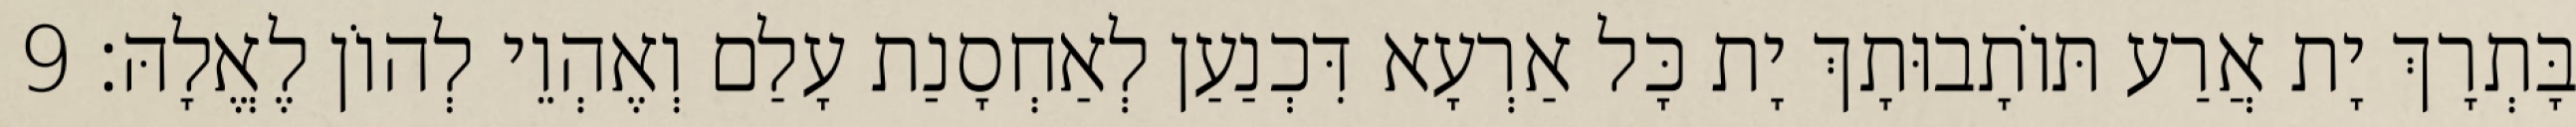
בָּתְרָךְ יָת אֲרַע תּוֹתָבוּתָךְ יָת כָּל אַרְעָא דִּכְנַעַן לְאַחְסָנַת עָלַם וְאֶהְוֵי לְהוֹן לֶאֱלָהּ׃ 9